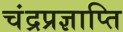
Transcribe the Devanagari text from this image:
चंद्रप्रज्ञाप्ति